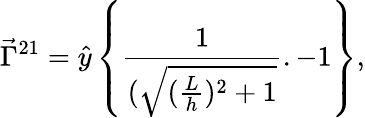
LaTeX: \vec{\Gamma}^{21}=\hat{y}\left\{ \frac{1}{(\sqrt{(\frac{L}{h})^{2}+1}}.-1\right\} ,